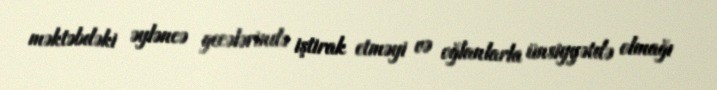
məktəbdəki əyləncə gecələrində iştirak etməyi və oğlanlarla ünsiyyətdə olmağı